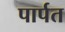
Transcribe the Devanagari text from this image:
पार्पत